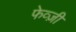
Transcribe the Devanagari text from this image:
फेव्ज़ी